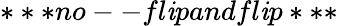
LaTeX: ***no--fl\mathit{i}pandfl\mathit{i}p***